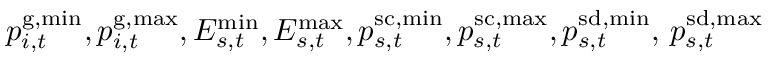
p _ { i , t } ^ { \mathrm { { g , m i n } } } , p _ { i , t } ^ { \mathrm { g , m a x } } , E _ { s , t } ^ { \mathrm { { m i n } } } , E _ { s , t } ^ { \mathrm { m a x } } , p _ { s , t } ^ { \mathrm { { s c , m i n } } } , p _ { s , t } ^ { \mathrm { s c , m a x } } , p _ { s , t } ^ { \mathrm { { s d , m i n } } } , \, p _ { s , t } ^ { \mathrm { s d , m a x } }